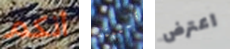
أنكم تمنيته اعترض